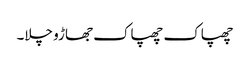
چھپاک چھپاک جھاڑو چلا۔